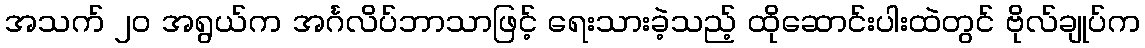
အသက် ၂၀ အရွယ်က အင်္ဂလိပ်ဘာသာဖြင့် ရေးသားခဲ့သည့် ထိုဆောင်းပါးထဲတွင် ဗိုလ်ချုပ်က